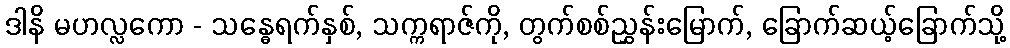
ဒါနိ မဟလ္လကော - သန္ဓေရက်နှစ်, သက္ကရာဇ်ကို, တွက်စစ်ညွှန်းမြောက်, ခြောက်ဆယ့်ခြောက်သို့